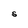
Character: S